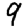
Digit: 9